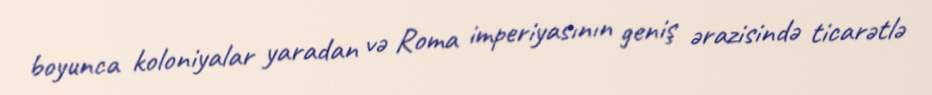
boyunca koloniyalar yaradan və Roma imperiyasının geniş ərazisində ticarətlə